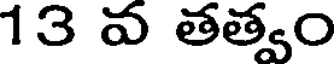
13 వ తత్వం